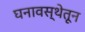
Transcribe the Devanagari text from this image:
घनावस्थेतून